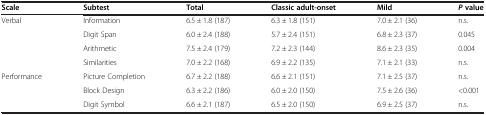
| Scale | Subtest | Total | Classic adult-onset | Mild | Pvalue |
 | --- | --- | --- | --- | --- | --- |
 | Verbal | Information | 6.5 ± 1.8 (187) | 6.3 ± 1.8 (151) | 7.0 ± 2.1 (36) | n.s. |
 |  | Digit Span | 6.0 ± 2.4 (188) | 5.7 ± 2.4 (151) | 6.8 ± 2.3 (37) | 0.045 |
 |  | Arithmetic | 7.5 ± 2.4 (179) | 7.2 ± 2.3 (144) | 8.6 ± 2.3 (35) | 0.004 |
 |  | Similarities | 7.0 ± 2.2 (168) | 6.9 ± 2.2 (135) | 7.1 ± 2.1 (33) | n.s. |
 | Performance | Picture Completion | 6.7 ± 2.2 (188) | 6.6 ± 2.1 (151) | 7.1 ± 2.5 (37) | n.s. |
 |  | Block Design | 6.3 ± 2.2 (186) | 6.0 ± 2.0 (150) | 7.5 ± 2.6 (36) | <0.001 |
 |  | Digit Symbol | 6.6 ± 2.1 (187) | 6.5 ± 2.0 (150) | 6.9 ± 2.5 (37) | n.s. |